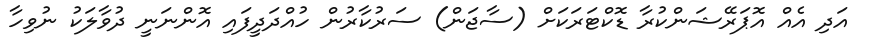
އަދި އެއް އޮޕަރޭޝަންކުރާ ޑޮކްޓަރަކަށް (ސާޖަން) ސަރުކާރުން ހުއްދަދީފައި އޮންނަނީ ދުވާލަކު ނުވިހާ